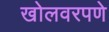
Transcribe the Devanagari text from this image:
खोलवरपणे